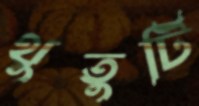
থুতুটি